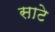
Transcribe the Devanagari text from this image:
साटे